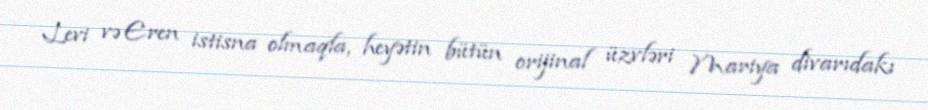
Levi və Eren istisna olmaqla, heyətin bütün orijinal üzvləri Mariya divarıdakı